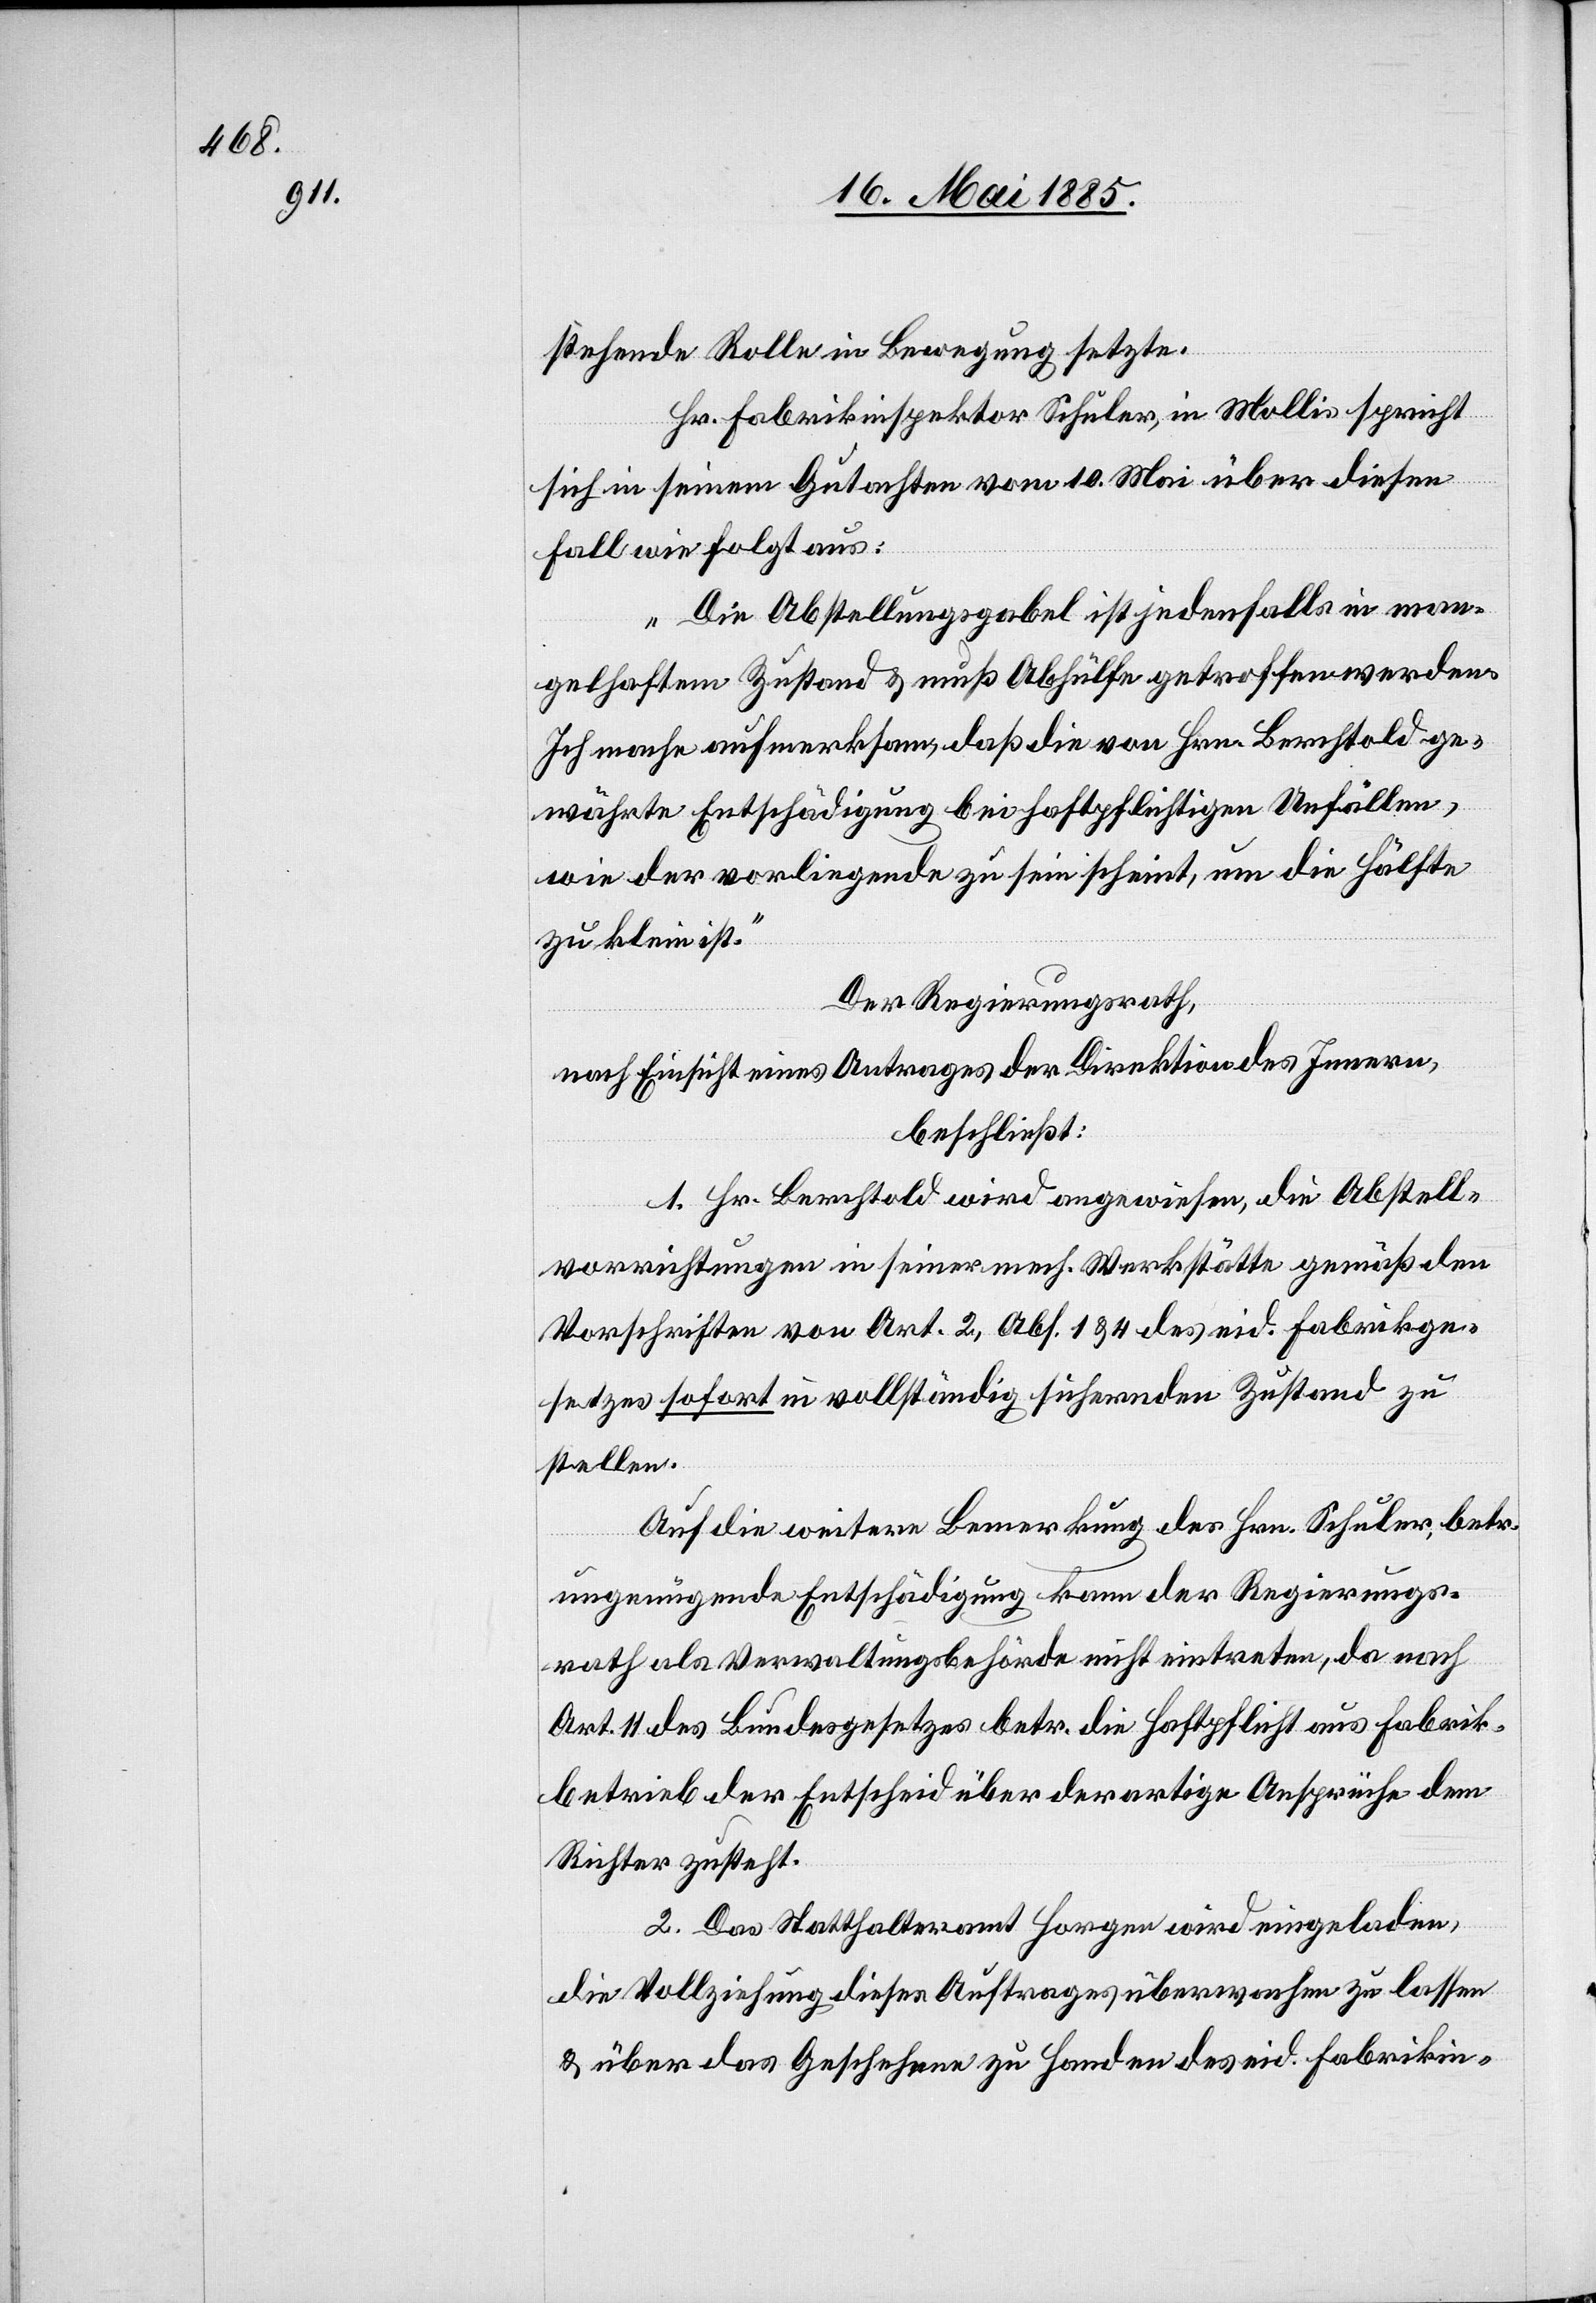
stehende Rolle in Bewegung setzte.
Hr. Fabrikinspektor Schuler, in Mollis spricht
sich in seinem Gutachten vom 10. Mai über diesen
Fall wie folgt aus:
„Die Abstellungsgabel ist jedenfalls in man¬
gelhaftem Zustand & muß Abhülfe getroffen werden.
Ich mache aufmerksam, daß die von Hrn. Berchtold ge¬
währte Entschädigung bei haftpflichtigen Unfällen,
wie der vorliegende zu sein scheint, um die Hälfte
zu klein ist.“
Der Regierungsrath,
nach Einsicht eines Antrages der Direktion des Innern,
beschließt:
1. Hr. Berchtold wird angewiesen, die Abstell¬
vorrichtungen in seiner mech. Werkstätte gemäß den
Vorschriften von Art. 2, Abs. 1 & 4 des eid. Fabrikge¬
setzes sofort in vollständig sichernden Zustand zu
stellen.
Auf die weitere Bemerkung des Hrn. Schuler, betr.
ungenügende Entschädigung kann der Regierungs¬
rath als Verwaltungsbehörde nicht eintreten, da nach
Art. 11 des Bundesgesetzes betr. die Haftpflicht aus Fabrik¬
betrieb der Entscheid über derartige Ansprüche dem
Richter zusteht.
2. Das Statthalteramt Horgen wird eingeladen,
die Vollziehung dieses Auftrages überwachen zu lassen
& über das Geschehen zu Handen des eid. Fabrikin-